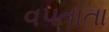
વપતાતા